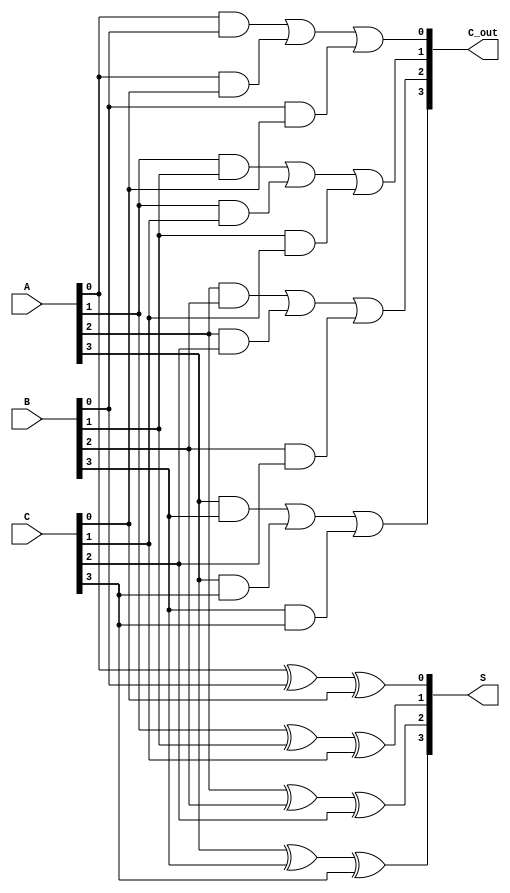
module CarrySaveAdder (
    input [3:0] A, // First operand
    input [3:0] B, // Second operand
    input [3:0] C, // Third operand
    output [3:0] S, // Sum output
    output [3:0] C_out // Carry output
);

    wire [3:0] S1, S2; // Intermediate sums
    wire [3:0] C1, C2; // Intermediate carries

    // Full Adder for the first bit positions
    assign S1[0] = A[0] ^ B[0] ^ C[0];
    assign C1[0] = (A[0] & B[0]) | (A[0] & C[0]) | (B[0] & C[0]);

    // Full Adder for the second bit positions
    assign S1[1] = A[1] ^ B[1] ^ C[1];
    assign C1[1] = (A[1] & B[1]) | (A[1] & C[1]) | (B[1] & C[1]);

    // Full Adder for the third bit positions
    assign S1[2] = A[2] ^ B[2] ^ C[2];
    assign C1[2] = (A[2] & B[2]) | (A[2] & C[2]) | (B[2] & C[2]);

    // Full Adder for the fourth bit positions
    assign S1[3] = A[3] ^ B[3] ^ C[3];
    assign C1[3] = (A[3] & B[3]) | (A[3] & C[3]) | (B[3] & C[3]);

    // Intermediate sums and carries for the next stage
    assign S2 = S1; // In this case, we just pass through S1
    assign C2 = C1; // In this case, we just pass through C1

    // Final Sum and Carry Outputs
    assign S = S2;
    assign C_out = C2;

endmodule